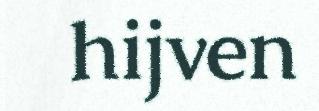
hijven